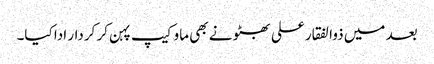
بعد میں ذوالفقار علی بھٹو نے بھی ماو کیپ پہن کر کردار ادا کیا۔